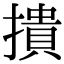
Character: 撌